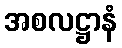
အစလဋ္ဌာနံ